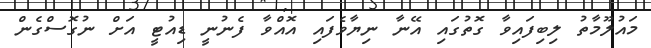
މައުލޫމާތު ލިބިފައިވާ ގޮތުގައި އޭނާ ނިޔާވެފައި އޮއްވާ ފެނުނީ ޑިއުޓީ އަށް ނުގޮސްގެން